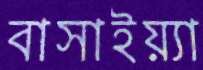
বাসাইয়্যা